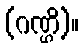
(ဂဏ္ဌိ)။